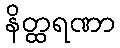
နိတ္ထရဏာ